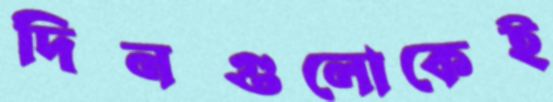
দিনগুলোকেই